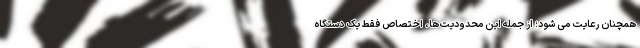
همچنان رعایت می شود؛ از جمله این محدودیت‌ها، اختصاص فقط یک دستگاه